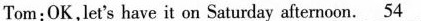
Tom:OK,let's have it on Saturday afternoon. \underline{54}